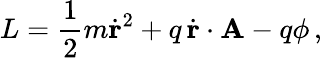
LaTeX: L={\frac{1}{2}}m{\dot{\mathbf{r}}}^{2}+q\, {\dot{\mathbf{r}}}\cdot\mathbf{A}-q\phi\, ,